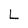
Character: L